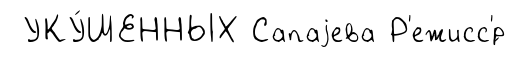
УКУ́ШЕННЫХ Сапаjева Р'ежисс'́р